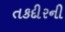
તકદીરની